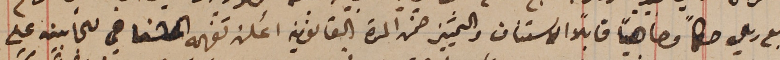
ربع ريال حكماً وجاهياً قابلاً الاستناف والتمييز ضمن المدة القانونية أعلن تفهيمه الشفاهي للجانبين على